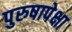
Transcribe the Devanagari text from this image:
पुरुषापेक्षा